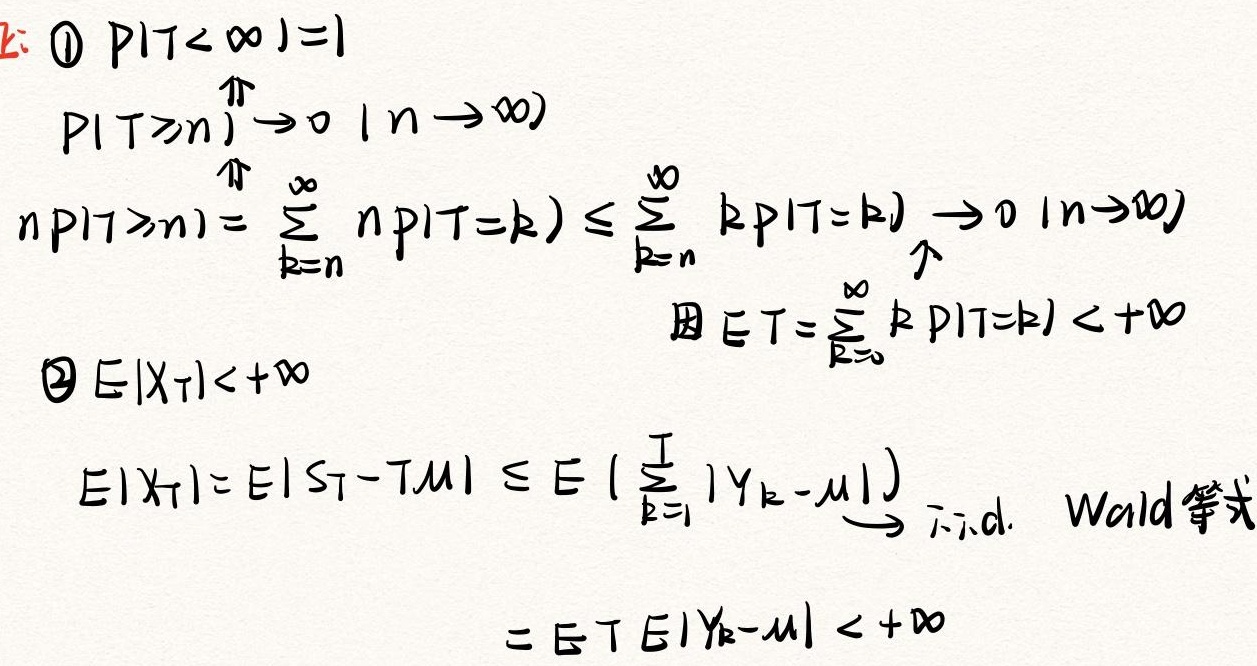
1. \(P(T < \infty)=1\)
   - \(P(T\geq n)\to0\ (n\to\infty)\)
   - \(nP(T\geq n)=\sum_{k = n}^{\infty}nP(T = k)\leq\sum_{k = n}^{\infty}kP(T = k)\to0\ (n\to\infty)\)，因为 \(ET=\sum_{k = 0}^{\infty}kP(T = k)<+\infty\)
2. \(E|X_T|<+\infty\)
   - \(E|X_T| = E|S_T - T\mu|\leq E(\sum_{k = 1}^{T}|Y_k-\mu|)\xrightarrow{\text{i.i.d.}} Wald\text{等式}=ETE|Y_k-\mu|<+\infty\)